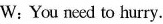
W:You need to hurry.